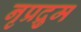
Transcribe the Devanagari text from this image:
नृप्रद्रुम